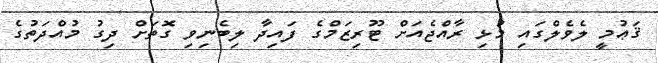
ޤަޢުމީ ލެވެލްގައި މުޅި ރާއްޖެއަށް ޓޫރިޒަމްގެ ފައިދާ ލިބެނިވި ގޮތަށް ދިގު މުއްދަތުގެ